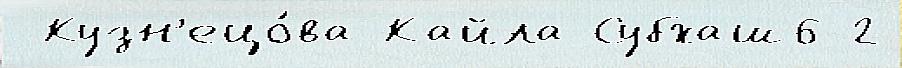
 Кузн'ецо́ва Кайла Субхаш6-2